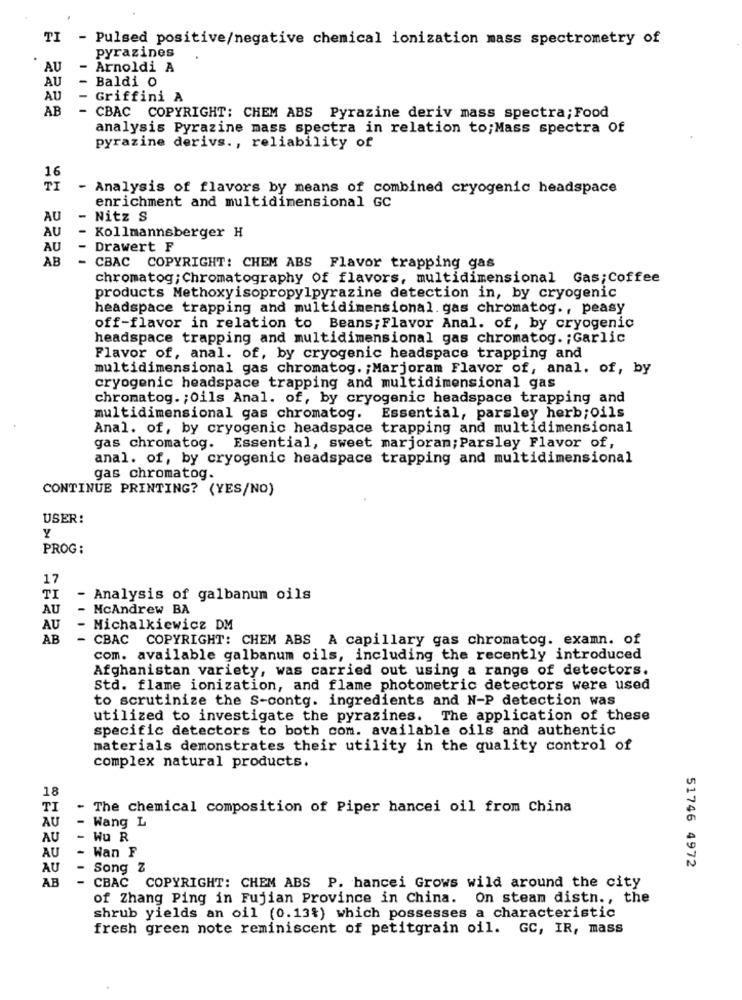
TI - Pulsed positive/negative chemical ionization mass spectrometry of
pyrazines
AU
- Arnoldi A
AU
- Baldi 0
AU
- Griffini A
AB
-
CBAC COPYRIGHT: CHEM ABS Pyrazine deriv mass spectra; Food
analysis Pyrazine mass spectra in relation to;Mass spectra Of
pyrazine derivs ., reliability of
16
TI
- Analysis of flavors by means of combined cryogenic headspace
enrichment and multidimensional GC
AU
-
Nitz S
AU
Kollmannsberger H
AU
- Drawert F
AB
-
CBAC COPYRIGHT: CHEM ABS Flavor trapping gas
chromatog; Chromatography of flavors, multidimensional Gas;Coffee
products Methoxyisopropylpyrazine detection in, by cryogenic
headspace trapping and multidimensional. gas chromatog ., peasy
off-flavor in relation to Beans; Flavor Anal. of, by cryogenic
headspace trapping and multidimensional gas chromatog. ; Garlic
Flavor of, anal. of, by cryogenic headspace trapping and
multidimensional gas chromatog. ; Marjoram Flavor of, anal. of, by
cryogenic headspace trapping and multidimensional gas
chromatog. ; Oils Anal. of, by cryogenic headspace trapping and
multidimensional gas chromatog. Essential, parsley herb;oils
Anal. of, by cryogenic headspace trapping and multidimensional
gas chromatog. Essential, sweet marjoran; Parsley Flavor of,
anal. of, by cryogenic headspace trapping and multidimensional
gas chromatog.
CONTINUE PRINTING? (YES/NO)
USER:
Y
PROG:
17
TI
- Analysis of galbanum oils
AU
- McAndrew BA
AU
- Michalkiewicz DM
AB
-
CBAC COPYRIGHT: CHEM ABS A capillary gas chromatog. examn. of
com. available galbanum oils, including the recently introduced
Afghanistan variety, was carried out using a range of detectors.
Std. flame ionization, and flame photometric detectors were used
to scrutinize the S-contg. ingredients and N-P detection was
utilized to investigate the pyrazines. The application of these
specific detectors to both com. available oils and authentic
materials demonstrates their utility in the quality control of
complex natural products.
18
TI
- The chemical composition of Piper hancei oil from China
AU
-
Wang L
AU
- Wu R
AU
- Wan F
AU
- Song Z
51746 4972
AB
- CBAC COPYRIGHT: CHEM ABS P. hancei Grows wild around the city
of Zhang Ping in Fujian Province in China. On steam distn ., the
shrub yields an oil (0.13%) which possesses a characteristic
fresh green note reminiscent of petitgrain oil. GC, IR, mass